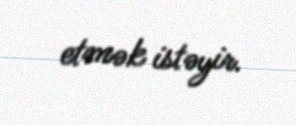
etmək istəyir.